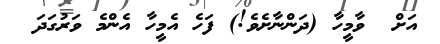
އަށް  ވާމީހާ (ދަންނާށެވެ!) ފަހެ އެމީހާ އެންމެ ވަރުގަދަ